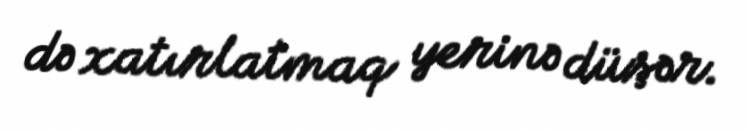
də xatırlatmaq yerinə düşər.